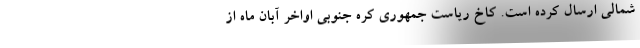
شمالی ارسال کرده است. کاخ ریاست جمهوری کره جنوبی اواخر آبان ماه از